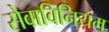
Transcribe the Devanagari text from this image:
सेवाविनियम